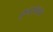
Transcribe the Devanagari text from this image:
कृपस्काया